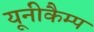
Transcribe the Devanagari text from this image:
यूनीकैम्प